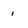
Character: i